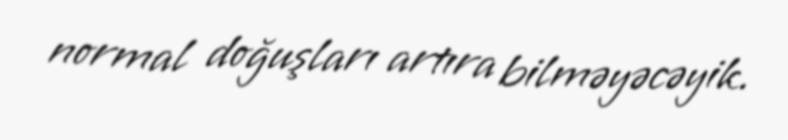
normal doğuşları artıra bilməyəcəyik.